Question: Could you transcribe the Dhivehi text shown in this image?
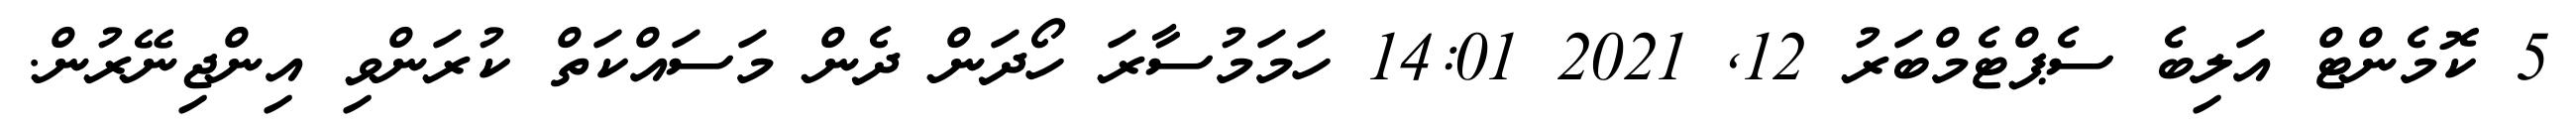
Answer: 5 ކޮމެންޓް އަލިބެ ސެޕްޓެމްބަރު 12, 2021 14:01 ހަމަމުސާރަ ހޯދަން ދެން މަސައްކަތް ކުރަންވި އިންޖިނޭރުން.